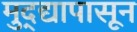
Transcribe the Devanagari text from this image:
मुद्द्यापासून